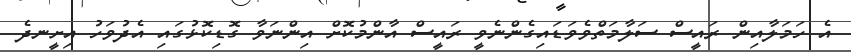
އެ ހަމަލާއިން ރައީސް ސަލާމަތްވެވަޑައިގެންނެވީ ރައީސް އާންމުކޮށް އިންނަވާ ގޮޑިކޮޅުގައި އެދުވަހު އިށީނދެ